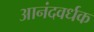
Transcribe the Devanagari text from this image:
आनंदवर्धक